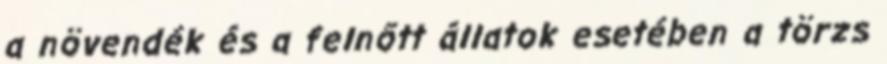
a növendék és a felnőtt állatok esetében a törzs